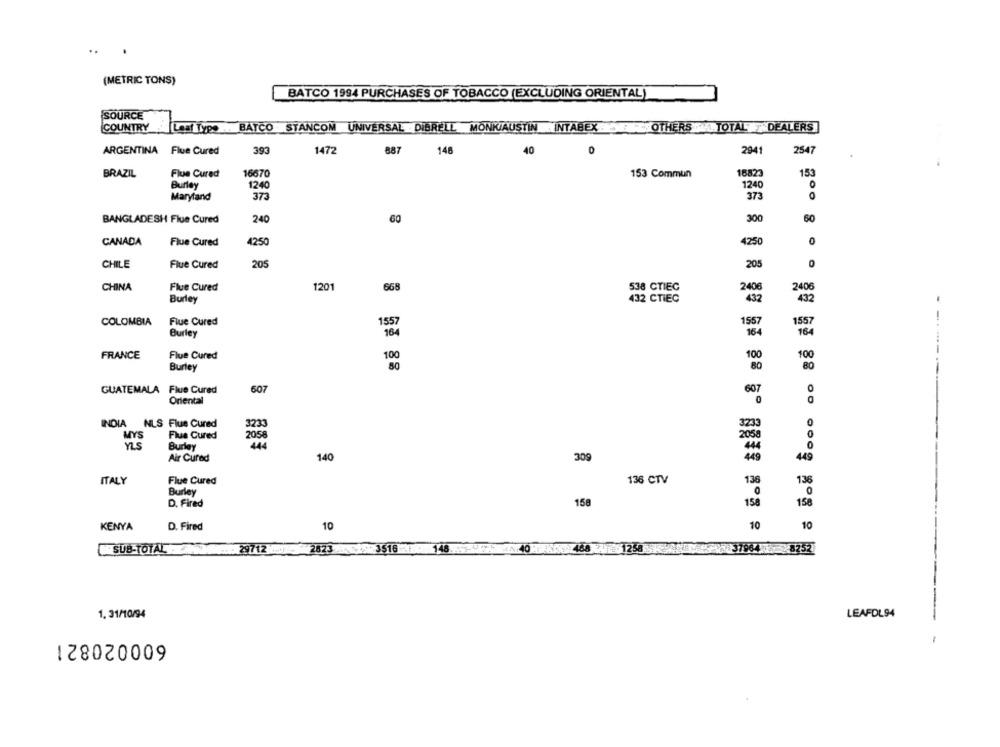
(METRIC TONS)
BATCO 1994 PURCHASES OF TOBACCO (EXCLUDING ORIENTAL)
SOURCE
COUNTRY
Leaf Typ. .. BATCO STANCOM UNIVERSAL DIBRELL MONKIAUSTIN INTABEX : OTHERS .TOTAL y DEALERS
1472
146
40
2941
2547
ARGENTINA Flue Cured
393
887
0
16823
153
BRAZIL
Flue Cured
16670
153 Commun
Burley
1240
1240
373
Maryland
373
OO
300
60
BANGLADESH Flue Cured
240
60
CANADA
Flue Cured
42:50
4250
CHILE
Flue Cured
205
205
0
CHINA
Flue Cured
1201
668
538 CTIEC
2406
2406
432
432
Burley
432 CTIEC
Flue Cured
1557
1557
--.
COLOMBIA
1557
Burley
184
164
164
FRANCE
Flue Cured
100
100
100
Burley
80
80
80
607
607
GUATEMALA Flue Cured
Oriental
0
INDIA NLS Flue Cured
3233
0
0
MYS
Flue Cured
2058
205
YLS
Burley
0
Air Cured
140
309
449
449
ITALY
Flue Cured
136 CTV
136
136
Burley
0
D. Fired
158
158
158
KENYA
D. Fired
10
10
10
SUB-TOTAL
29712
2823
FAST 3516
148
40
1258
37964
8252
1. 31/10/94
LEAFDL94
600020821
-